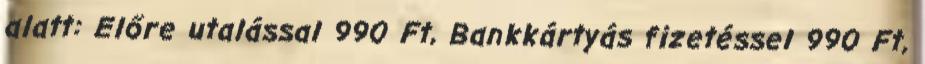
alatt: Előre utalással 990 Ft, Bankkártyás fizetéssel 990 Ft,